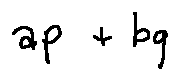
a p + b q